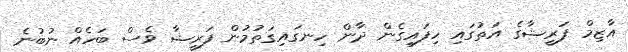
އާޒިމް ފަރީޝާގެ އަތުގައި ހިފައިގެން ދާން ހިނގައިގަތުމުން ފަރީޝާ ވެސް ބަހެއް ނުބުނެ